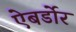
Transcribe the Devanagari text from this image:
ऐबर्डोर